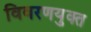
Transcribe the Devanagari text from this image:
विवरणयुक्त